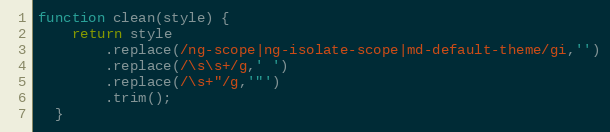
Language: JavaScript
function clean(style) {
    return style
        .replace(/ng-scope|ng-isolate-scope|md-default-theme/gi,'')
        .replace(/\s\s+/g,' ')
        .replace(/\s+"/g,'"')
        .trim();
  }